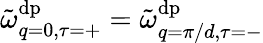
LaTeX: \tilde{\omega}_{q=0,\tau=+}^{\mathrm{dp}}=\tilde{\omega}_{q=\pi/d,\tau=-}^{\mathrm{dp}}